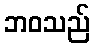
ဘဝသည်